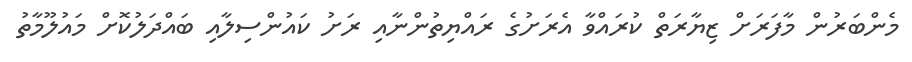
މެންބަރުން މާފަރަށް ޒިޔާރަތް ކުރައްވާ އެރަށުގެ ރައްޔިތުންނާއި ރަށު ކައުންސިލާއި ބައްދަލުކޮށް މައުލޫމާތު